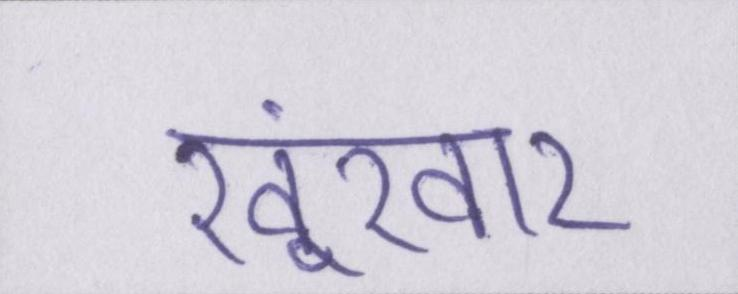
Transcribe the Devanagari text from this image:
खूंखार